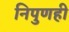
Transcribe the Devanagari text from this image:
निपुणही